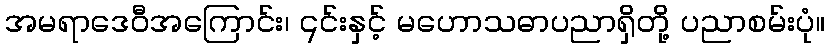
အမရာဒေဝီအကြောင်း၊ ၎င်းနှင့် မဟောသဓာပညာရှိတို့ ပညာစမ်းပုံ။